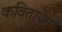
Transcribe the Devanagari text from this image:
कवितायेम